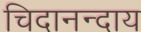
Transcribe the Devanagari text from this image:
चिदानन्दाय